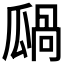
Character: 𤬋